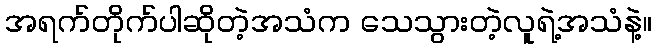
အရက်တိုက်ပါဆိုတဲ့အသံက သေသွားတဲ့လူရဲ့အသံနဲ့။